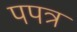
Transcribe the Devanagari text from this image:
पपत्र